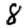
Digit: 8